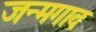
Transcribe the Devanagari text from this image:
जन्मगावः